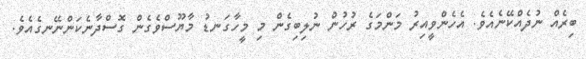
ބިރެއް ނުދެއްކޭނެއެވެ. އެހެންވީއިރު މަންމަގެ ރުހުން ނުލިބިގެން މި މީހާގަނޑު މާޔޫސްވެގެން ގޮސްދާނެކަންނޭނގެއެވެ.